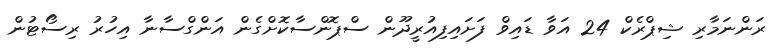
ރަންނަމާރި ޝިޕްރެކް 24 އަވާ ޑައިވް ފަށައިފިއުރީދޫން ސްޕޮންސާކޮށްގެން އަންގްސާނާ އިހުރު ރިސޯޓުން